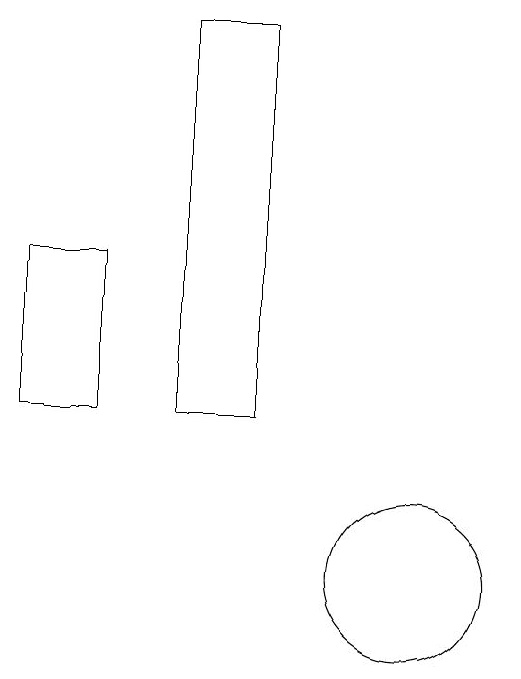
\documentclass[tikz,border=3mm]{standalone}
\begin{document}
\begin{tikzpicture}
\draw (10,10) circle (1);
\draw (5,12) rectangle (6,14);
\draw (8,17) rectangle (7,12);
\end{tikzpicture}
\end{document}